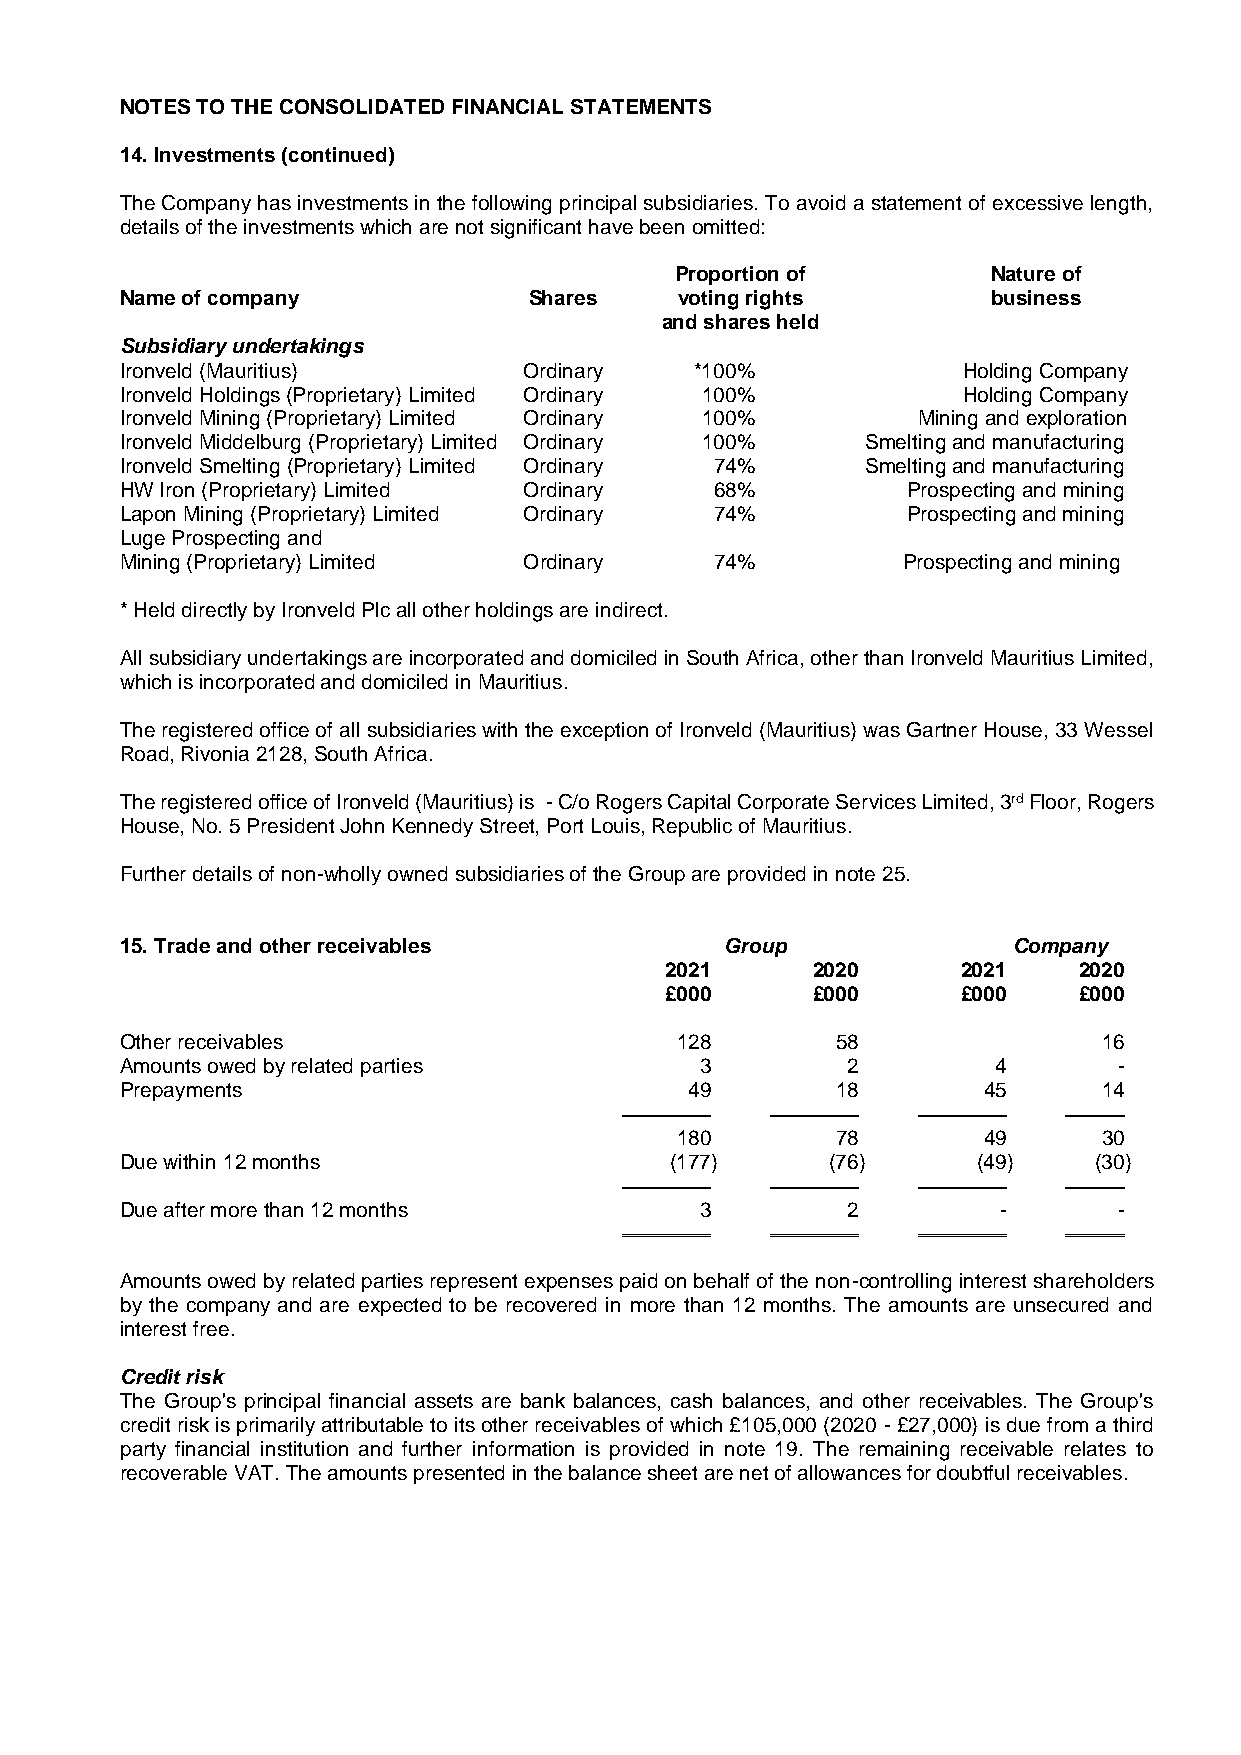
NOTES TO THE CONSOLIDATED FINANCIAL STATEMENTS
 14. Investments (continued)
 The Company has investments in the following principal subsidiaries. To avoid a statement of excessive length,
 details of the investments which are not significant have been omitted:
 Proportion of        Nature of
 Name of company            Shares    voting rights        business
 and shares held
 Subsidiary undertakings
 Ironveld (Mauritius)       Ordinary   *100%             Holding Company
 Ironveld Holdings (Proprietary) Limited Ordinary 100%   Holding Company
 Ironveld Mining (Proprietary) Limited Ordinary 100%  Mining and exploration
 Ironveld Middelburg (Proprietary) Limited Ordinary 100% Smelting and manufacturing
 Ironveld Smelting (Proprietary) Limited Ordinary 74% Smelting and manufacturing
 HW Iron (Proprietary) Limited Ordinary 68%          Prospecting and mining
 Lapon Mining (Proprietary) Limited Ordinary 74%     Prospecting and mining
 Luge Prospecting and
 Mining (Proprietary) Limited Ordinary  74%          Prospecting and mining
 * Held directly by Ironveld Plc all other holdings are indirect.
 All subsidiary undertakings are incorporated and domiciled in South Africa, other than Ironveld Mauritius Limited,
 which is incorporated and domiciled in Mauritius.
 The registered office of all subsidiaries with the exception of Ironveld (Mauritius) was Gartner House, 33 Wessel
 Road, Rivonia 2128, South Africa.
 The registered office of Ironveld (Mauritius) is - C/o Rogers Capital Corporate Services Limited, 3rd Floor, Rogers
 House, No. 5 President John Kennedy Street, Port Louis, Republic of Mauritius.
 Further details of non-wholly owned subsidiaries of the Group are provided in note 25.
 15. Trade and other receivables         Group              Company
 2021      2020      2021   2020
 £000      £000      £000   £000
 Other receivables                    128       58                16
 Amounts owed by related parties       3         2         4       -
 Prepayments                           49       18        45      14
 180       78        49      30
 Due within 12 months                (177)      (76)      (49)   (30)
 Due after more than 12 months         3         2         -       -
 Amounts owed by related parties represent expenses paid on behalf of the non-controlling interest shareholders
 by the company and are expected to be recovered in more than 12 months. The amounts are unsecured and
 interest free.
 Credit risk
 The Group's principal financial assets are bank balances, cash balances, and other receivables. The Group's
 credit risk is primarily attributable to its other receivables of which £105,000 (2020 - £27,000) is due from a third
 party financial institution and further information is provided in note 19. The remaining receivable relates to
 recoverable VAT. The amounts presented in the balance sheet are net of allowances for doubtful receivables.